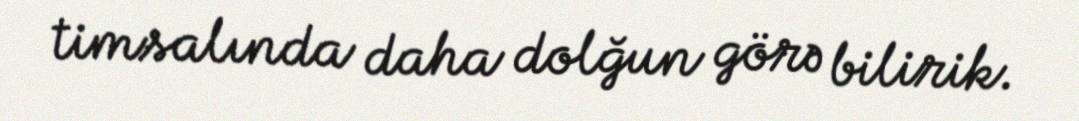
timsalında daha dolğun görə bilirik.